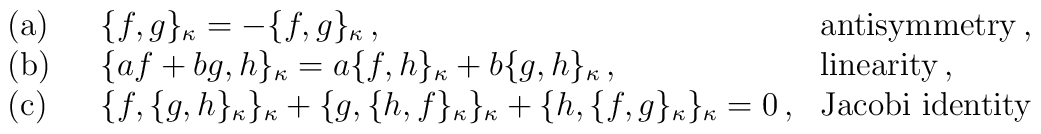
\begin{array}{lll}{\rm (a)~~}&\{f,g\}_\kappa = - \{f,g\}_\kappa\,,&{\rm antisymmetry\,,} \\{\rm (b)~~}&\{af+bg,h\}_\kappa = a\{f,h\}_\kappa + b\{g,h\}_\kappa\,, ~~~ &{\rm linearity\,,} \\{\rm (c)~~}&\{f,\{g,h\}_\kappa\}_\kappa + \{g,\{h,f\}_\kappa\}_\kappa +\{h,\{f,g\}_\kappa\}_\kappa = 0\,, &{\rm Jacobi~identity}\end{array}